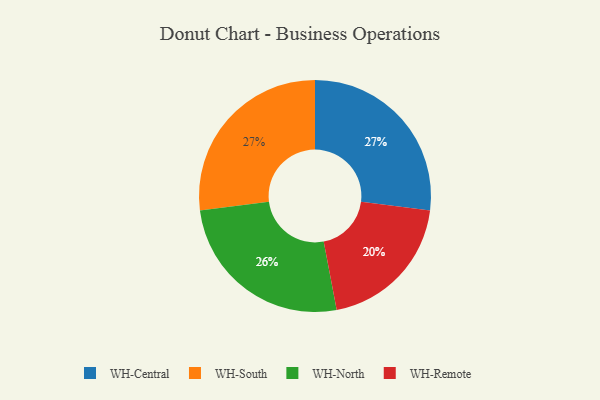
{"axis": {"x": "Category", "y": "Percentage"}, "legend": ["WH-Central", "WH-North", "WH-Remote", "WH-South"], "data": [{"x": "WH-Central", "y": 27, "type": "WH-Central"}, {"x": "WH-Remote", "y": 20, "type": "WH-Remote"}, {"x": "WH-North", "y": 26, "type": "WH-North"}, {"x": "WH-South", "y": 27, "type": "WH-South"}]}